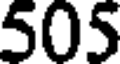
505